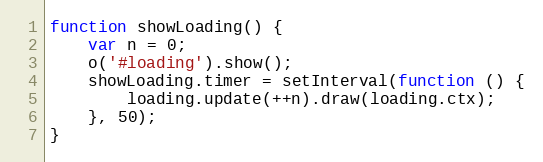
Language: JavaScript
function showLoading() {
    var n = 0;
    o('#loading').show();
    showLoading.timer = setInterval(function () {
        loading.update(++n).draw(loading.ctx);
    }, 50);
}